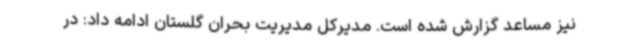
نیز مساعد گزارش شده است. مدیرکل مدیریت بحران گلستان ادامه داد: در